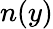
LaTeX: n(y)